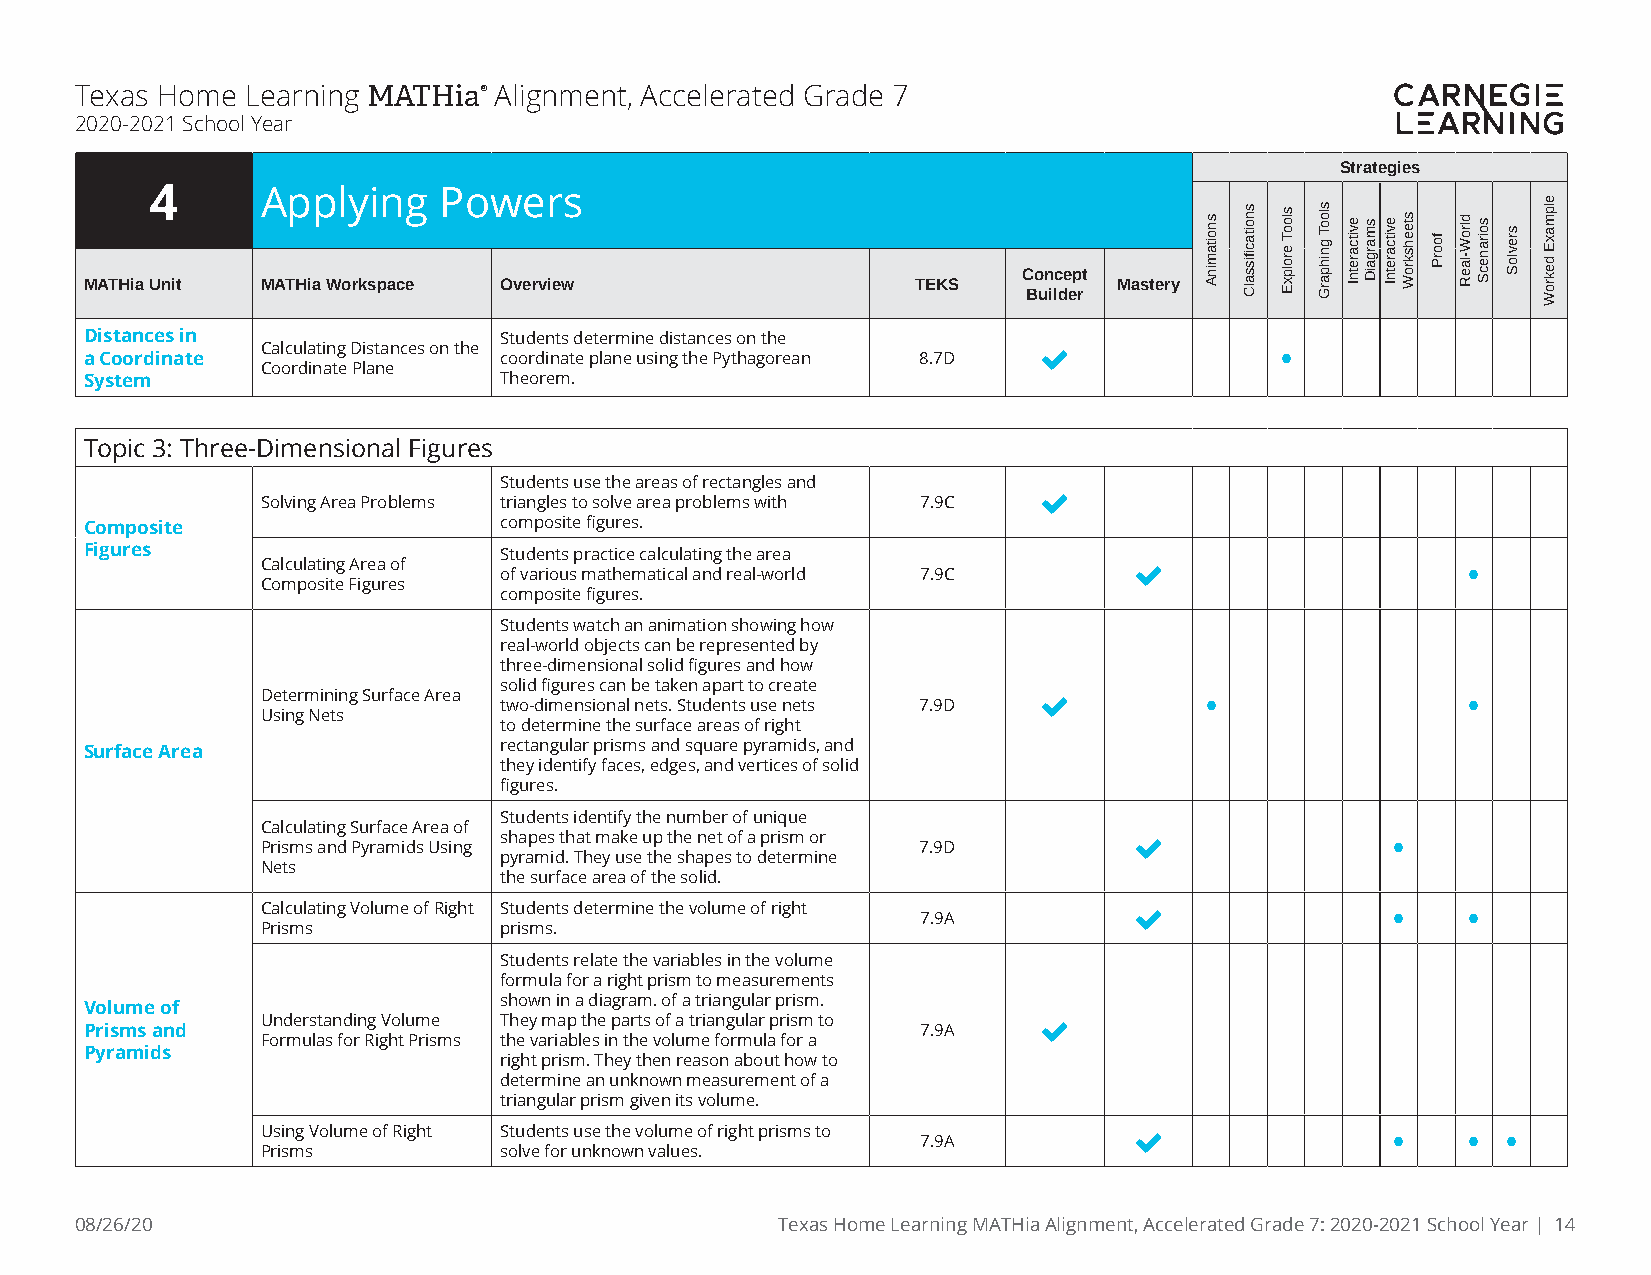
Texas Home Learning MATHia® Alignment, Accelerated Grade 7
 2020-2021 School Year
 Strategies
 4      Applying    Powers
 Concept
 MATHia Unit MATHia Workspace Overview                  TEKS         Mastery
 Builder
 Distances in               Students determine distances on the
 a Coordinate Calculating Distances on the coordinate plane using the Pythagorean 8.7D  •
 Coordinate Plane
 System                     Theorem.
 Topic 3: Three-Dimensional Figures
 Students use the areas of rectangles and
 
 Solving Area Problems triangles to solve area problems with 7.9C
 Composite                  composite figures.
 Figures                    Students practice calculating the area
 Calculating Area of of various mathematical and real-world 7.9C                •
 Composite Figures
 composite figures.
 Students watch an animation showing how
 real-world objects can be represented by
 three-dimensional solid figures and how
 solid figures can be taken apart to create
 Determining Surface Area two-dimensional nets. Students use nets 7.9D  •       •
 Using Nets
 to determine the surface areas of right
 Surface Area               rectangular prisms and square pyramids, and
 they identify faces, edges, and vertices of solid
 figures.
 Students identify the number of unique
 Calculating Surface Area of
 Prisms and Pyramids Using shapes that make up the net of a prism or 7.9D  •
 pyramid. They use the shapes to determine
 Nets
 the surface area of the solid.
 Calculating Volume of Right Students determine the volume of right 7.9A   •    •
 Prisms          prisms.
 Students relate the variables in the volume
 formula for a right prism to measurements
 shown in a diagram. of a triangular prism.
 Volume of
 Understanding Volume They map the parts of a triangular prism to 
 Prisms and                                             7.9A
 Formulas for Right Prisms the variables in the volume formula for a
 Pyramids
 right prism. They then reason about how to
 determine an unknown measurement of a
 triangular prism given its volume.
 Using Volume of Right Students use the volume of right prisms to 7.9A     •    •  •
 Prisms          solve for unknown values.
 08/26/20                                      Texas Home Learning MATHia Alignment, Accelerated Grade 7: 2020-2021 School Year | 14
 snoitaminA snoitacfiissalC slooT
 erolpxE
 slooT
 gnihparG
 evitcaretnI smargaiD evitcaretnI steehskroW
 foorP
 dlroW-laeR soiranecS
 srevloS
 elpmaxE
 dekroW